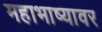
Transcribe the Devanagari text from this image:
महाभाष्यावर